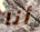
أنا